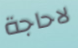
لاحاجة